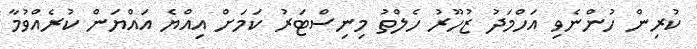
ކުރިން ހުންނެވި އަހްމަދު ޒުހޫރު ހެލްތު މިނިސްޓަރު ކަމަށް އިއްޔެ އައްޔަން ކުރެއްވުމާ